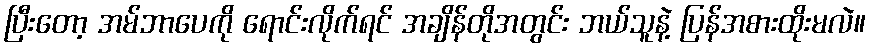
ပြီးတော့ အမ်ဘာပေကို ရောင်းလိုက်ရင် အချိန်တိုအတွင်း ဘယ်သူနဲ့ ပြန်အစားထိုးမလဲ။